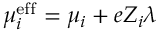
\mu _ { i } ^ { \mathrm { e f f } } = \mu _ { i } + e Z _ { i } \lambda